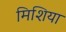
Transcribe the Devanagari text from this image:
मिशिया